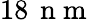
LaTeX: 18\, \mathrm{~n~m~}